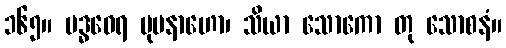
၁၆၅။ ဗဒ္ဓဝေရ မုပနာဟော၊ သိယာ သောကော တု သောစနံ။